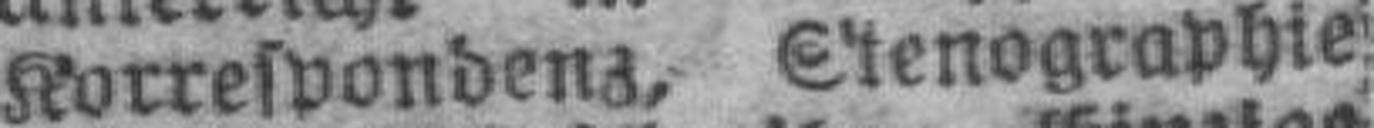
Korrespondenz, Stenographie